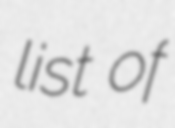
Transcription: list of